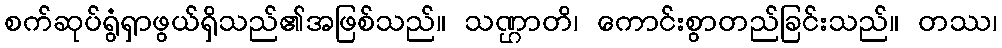
စက်ဆုပ်ရွံရှာဖွယ်ရှိသည်၏အဖြစ်သည်။ သဏ္ဌာတိ၊ ကောင်းစွာတည်ခြင်းသည်။ တဿ၊